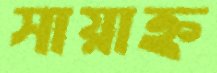
সায়াহ্ন